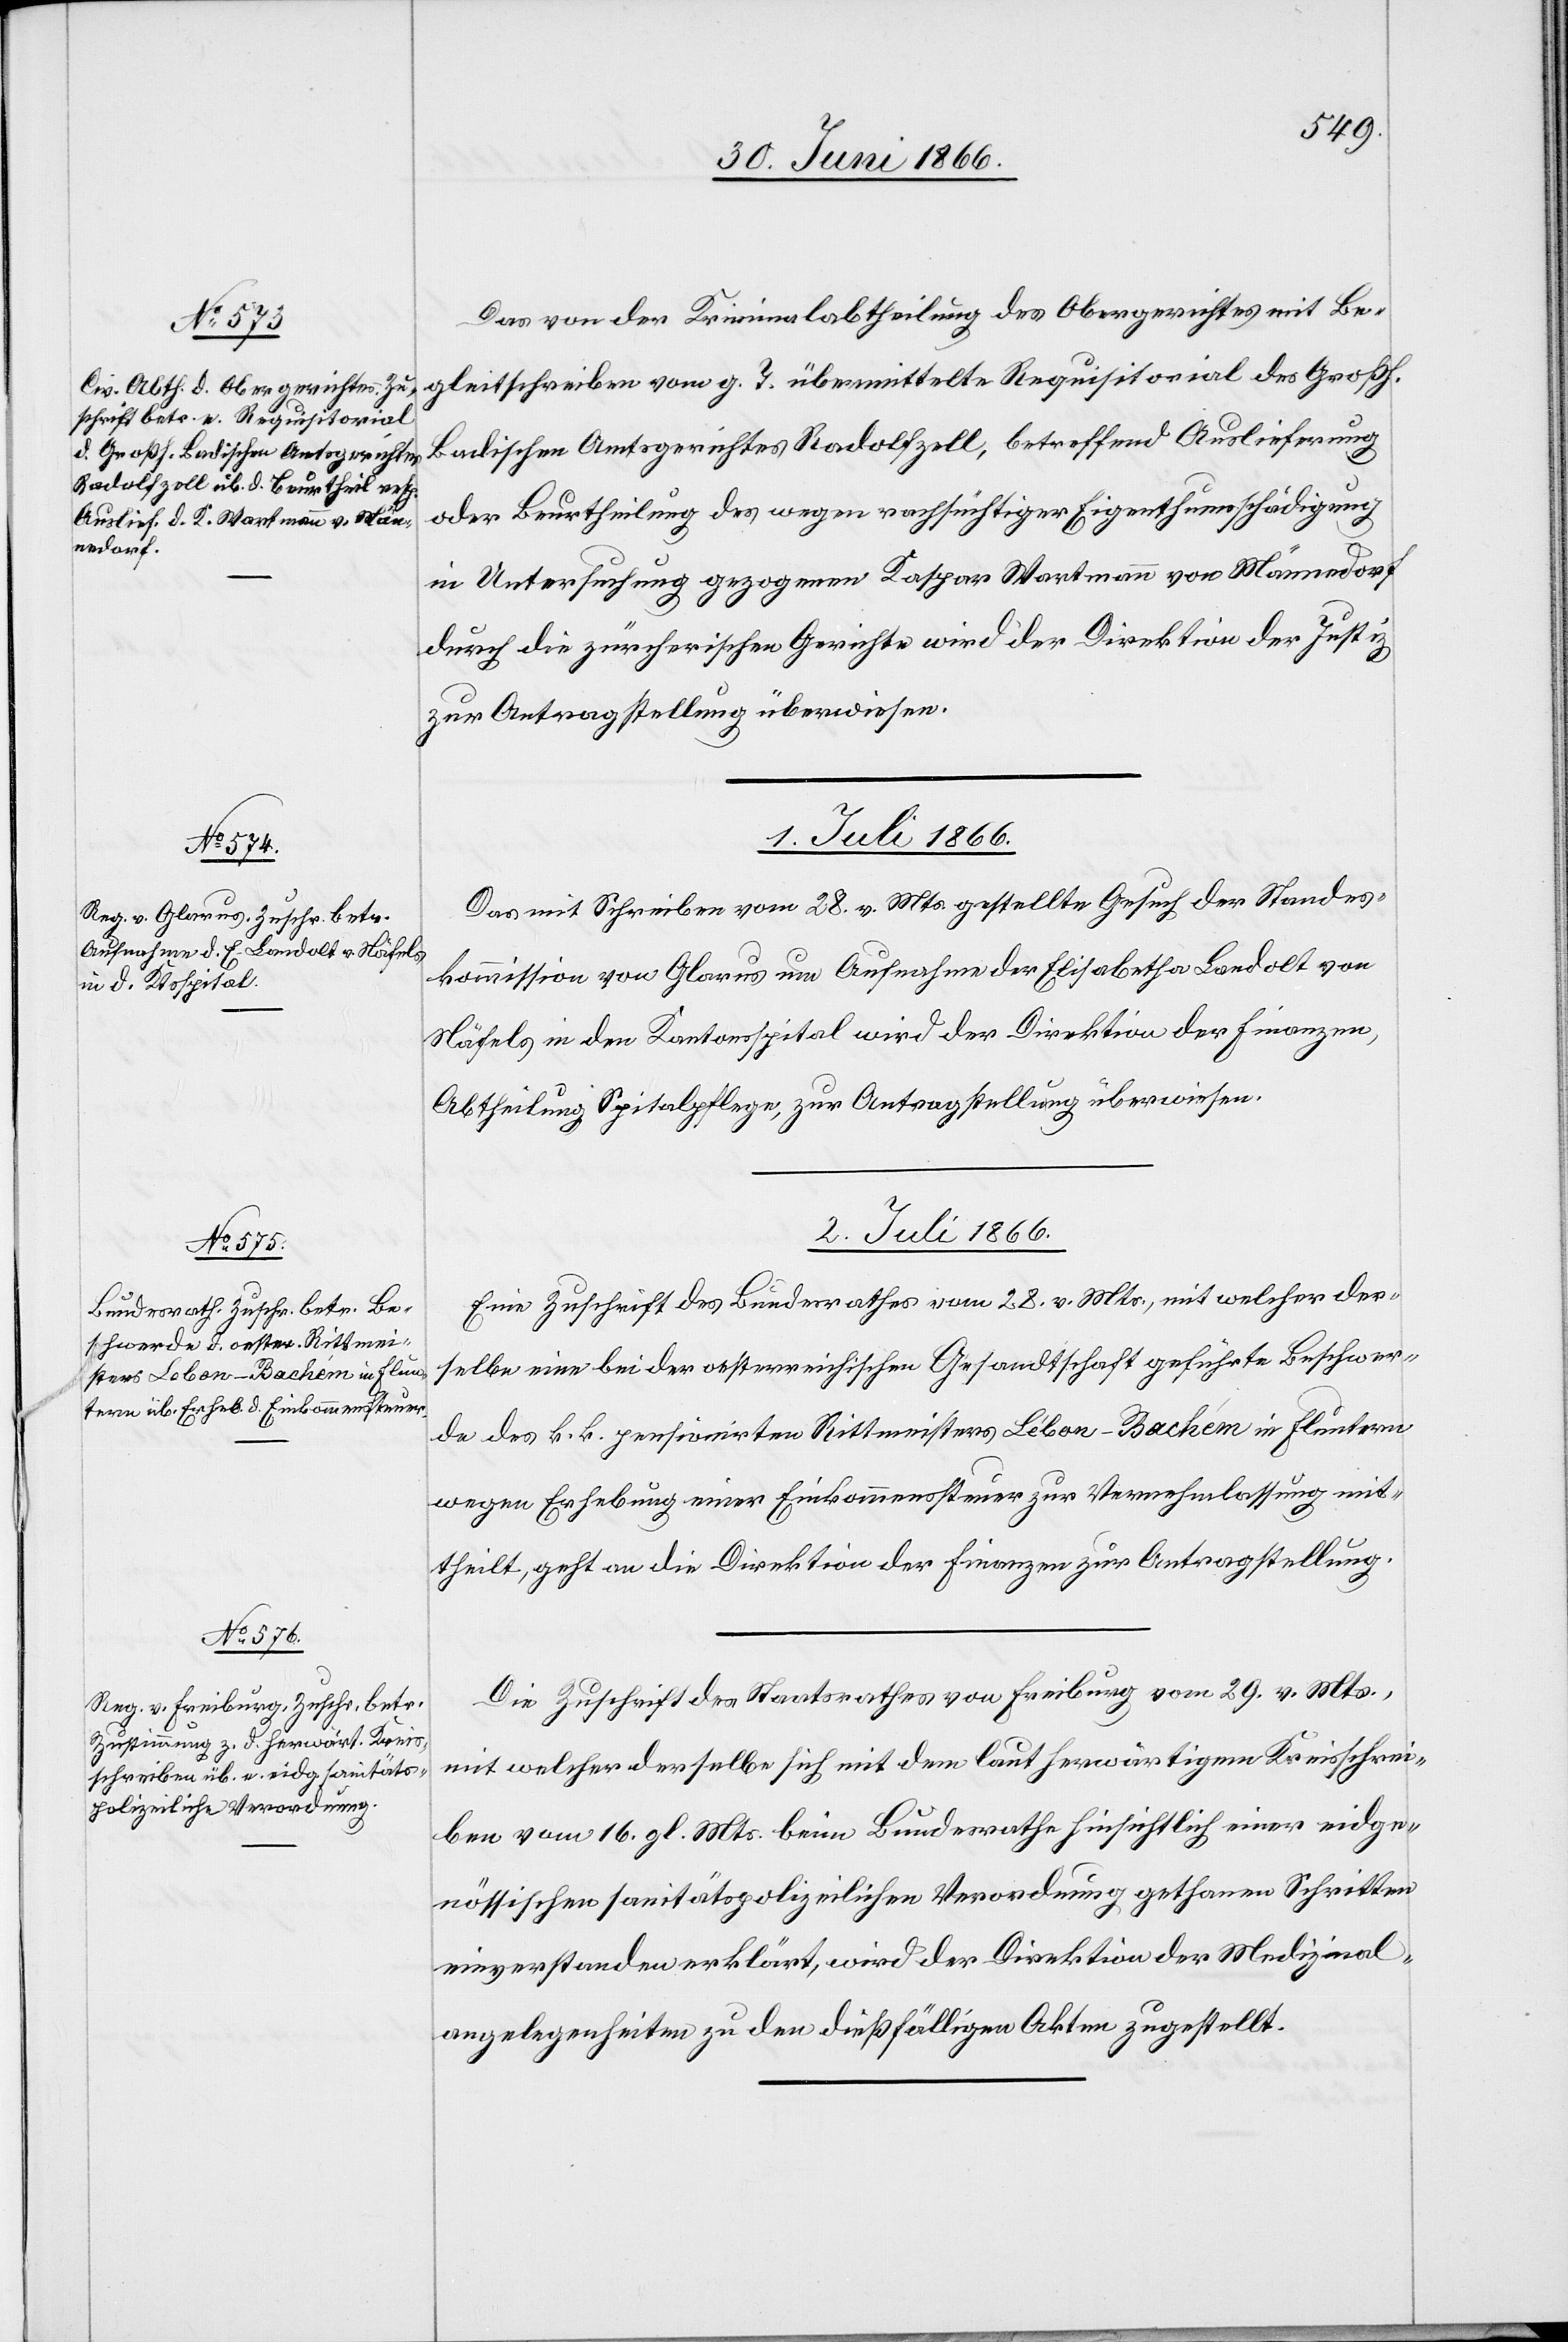
30. Juni 1866.]
Das von der Kriminalabtheilung des Obergerichtes mit Be¬
gleitschreiben vom g. T. übermittelte Requisitorial des Großh.
Badischen Amtsgerichtes Radolfzell, betreffend Auslieferung
oder Beurtheilung des wegen rachsüchtiger Eigenthumsschädigung
in Untersuchung gezogenen Kaspar Wartmann von Männedorf
durch die zürcherischen Gerichte wird der Direktion der Justiz
zur Antragstellung überwiesen.
Das mit Schreiben vom 28. v. Mts gestellte Gesuch der Standes¬
kommission von Glarus um Aufnahme der Elisabetha Landolt von
Näfels in den Kantonsspital wird der Direktion der Finanzen,
Abtheilung Spitalpflege, zur Antragstellung überwiesen.
2. Juli 1866.]
Eine Zuschrift des Bundesrathes vom 28. v. Mts., mit welcher der¬
selbe eine bei der oesterreichischen Gesandtschaft geführte Beschwer¬
de des k. k. pensionirten Rittmeisters Léban-Bachém [sic!] in Fluntern
wegen Erhebung einer Einkommenssteuer zur Vernehmlassung mit¬
theilt, geht an die Direktion der Finanzen zur Antragstellung.
Die Zuschrift des Staatsrathes von Freiburg vom 29. v. Mts.,
mit welcher derselbe sich mit dem laut herwärtigem Kreisschrei¬
ben vom 16. gl. Mts. beim Bundesrathe hinsichtlich einer eidge¬
nössischen sanitätspolizeilichen Verordnung gethanen Schritten
einverstanden erklärt, wird der Direktion der Medizinal¬
angelegenheiten zu den dießfälligen Akten zugestellt.